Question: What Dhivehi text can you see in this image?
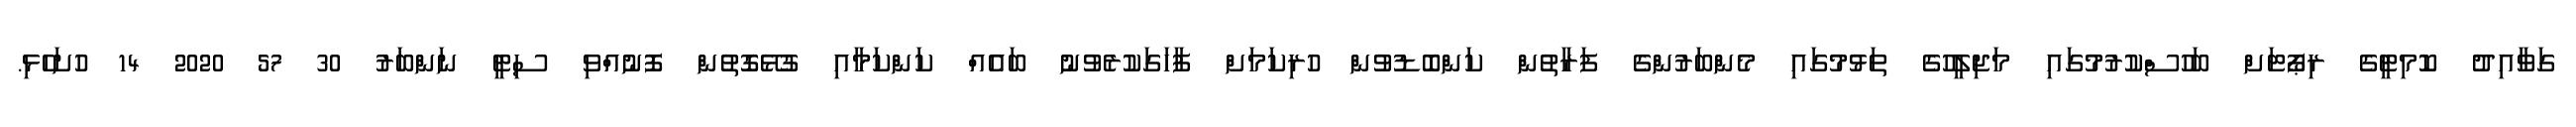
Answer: ގަވާއިދު ކޮމިޓީގެ ރިޕޯޓަށް ބަހުސްކުރުމުގައި މަޖިލީހުގެ ތަޅުމުގައި މެންބަރުންގެ ފަރާތުން ކަންބޮޑުވުން ހުރިކަމަށް ފާހަގަކުރެވުނު ބައެއް ކަންކަމާއި ގުޅޭގޮތުން ފޮނުއްވި ސިޓީ ނަންބަރު 30 57 2020 14 ހުށަހެޅި.